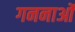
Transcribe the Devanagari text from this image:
गननाओं